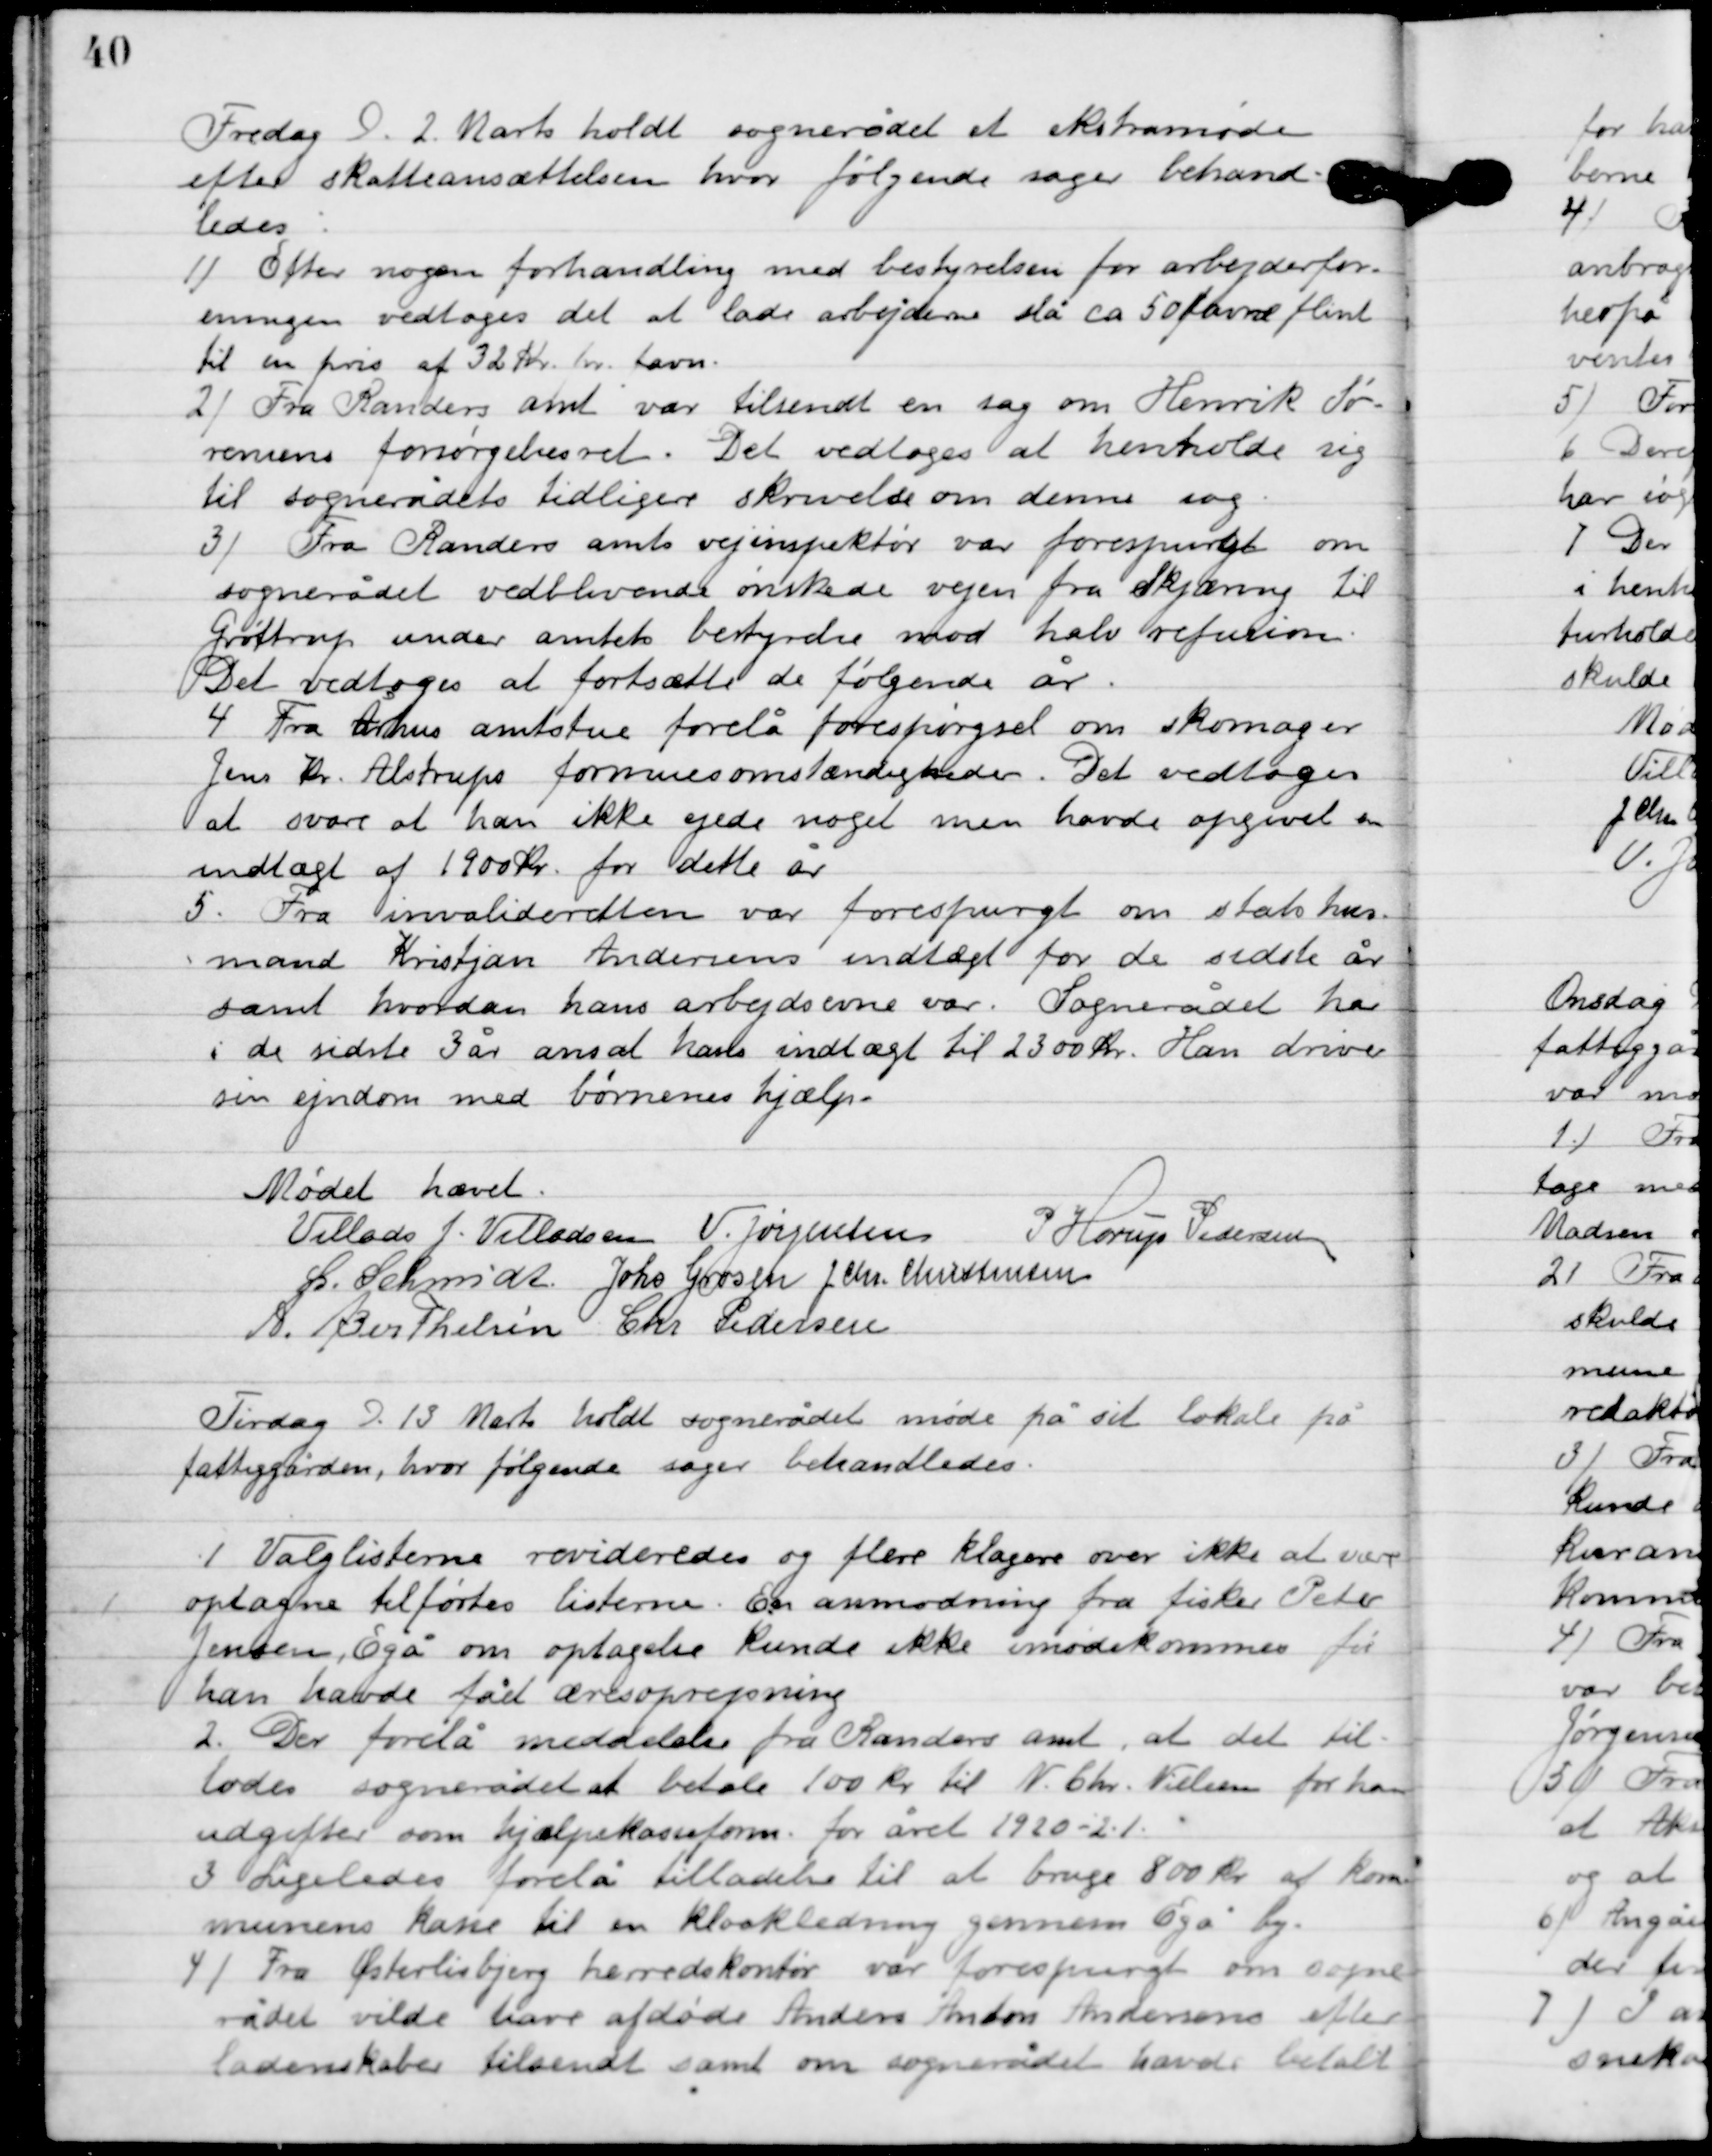
Transskription:
Fredag D. 2. Marts holdt sognerådet ekstramøde
efter skatteansættelsen hvor følgende sager behand-
ledes:

1

Efter nogen forhandling med bestyrelsen for arbejderfor-
eningen vedtoges det at lade arbejderne slå ca. 50 favne flint
til en pris af 32 kr. pr. favn.

2

Fra Randers amt var tilsendt en sag om Henrik Sø-
rensens forsørgelse ret. Det vedtoges at henholde sig
til sognerådets tidligere skrivelse om denne sag.

3

Fra Randers amts vejinspektør var forespurgt om
 sognerådet vedblivende ønskede vejen fra Skjæring til
Gottrup under amtets bestyrere mod halv refusion.
Det vedtoges at fortsætte de følgende år.

4

Fra Århus amtstue forelå forespørgsel om skomager
Jens Kr. Alstrups formueomstændigheder. Det vedtoges
at svare at han ikke ydede noget men havde opgivet en
indtægt af 1900 kr. for dette år.

5

Fra invalideretten var forespurgt om statshus-
mand Kristjan Andersens indtægt for de sidste år
samt hvordan hans arbejdsevne var. Sognerådet har
 i de sidste 3 år ansat hans indtægt it 2300 kr. Han drive
sin ejendom med børnenes hjælp.

Mødet hævet

Villads J. Villadsen
V. Jørgensen
P. Horup Pedersen
L. Schmidt
Johs. Grosen
J. Chr. Christensen
A. Berthelsen
Chr. Pedersen

Tirsdag D. 13. Marts holdt sognerådet møde sit lokalet på
fattiggården, hvor følgende sager behandledes:

1

Valglisterne revideredes og flere klagere over ikke at være
optagne tilførtes listerne. En anmodning fra fisker Peter
Jensen, Egå om optagelse kunde ikke imødekommes før
han havde fået æresoprejsning.

2

Der forelå meddelelse fra Randers amt, at det til-
lodes sognerådet betale 100 kr. til N. Chr. Nielsen for hans
udgifter som hjælpekasseform. for året 1920-21.

3

Ligeledes forelå tilladelse til at bruge 800 kr. af kom-
munens kasse til sen kloakledning gennem Egå by.

4

Fra Øster Lisbjerg herreds kontor var forespurgt om sogne-
rådet vilde have afdøde Anders Anton Andersens efter-
ladenskaber tilsendt samt om sognerådet havde betalt